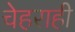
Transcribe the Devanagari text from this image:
चेहराही